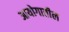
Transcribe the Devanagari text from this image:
आयोगातील